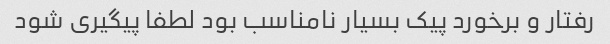
رفتار و برخورد پیک بسیار نامناسب بود لطفا پیگیری شود